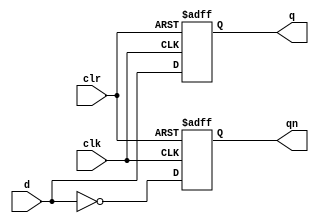
`timescale 1ns / 1ps
module D_FlipFlop(d,clk,clr,q,qn);
input d,clk,clr;
output reg q;
output reg qn;

always@(posedge clk, negedge clr)
if (clr == 0) begin
q<=0;
qn<=1;
end
else begin
q<=d;
qn<=~d;
end
endmodule

module D_FlipFlop_tb();
reg d=0;
reg clk=0;
reg clr=1;
wire q,qn;
integer i;
D_FlipFlop UUT(.d(d),.clk(clk),.clr(clr),.q(q),.qn(qn));
initial begin
    for(i=0;i<20;i=i+1)begin
    clk=~clk;
    if(i>3 & i<10) d=1;
    if(i==15) clr = 0;
    #10;
    end
end
endmodule